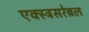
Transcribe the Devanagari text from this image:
एक्स्त्रसरेब्रल